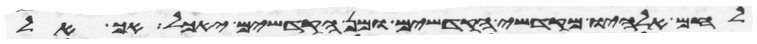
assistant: לחם אלהיו מקדשי הקדשים ומן הקדשים יאכל אך אל